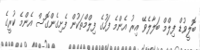
ބޮލީވުޑް ފިލްމް ބަލާލެވޭ އިރު އެންމެ ފަހުގެ ފިލްމްތަކުން ފެށިގެންގޮސް އެންމެ ކުރީގެ